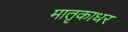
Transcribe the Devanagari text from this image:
मातृकाधर